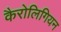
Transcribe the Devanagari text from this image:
कैरोलिगियन